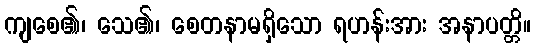
ကျစေ၏၊ သေ၏၊ စေတနာမရှိသော ရဟန်းအား အနာပတ္တိ။